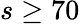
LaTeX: s\geq 70